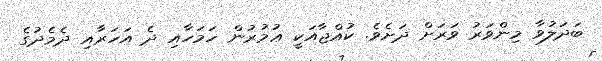
ބަދަލުވާ މިންވަރު ވަރަށް ދަށެވެ. ކުއްޖާއަކީ ޢުމުރުން ހަމަހާއި ދެ އަހަރާއި ދެމެދުގެ